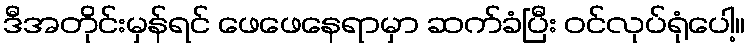
ဒီအတိုင်းမှန်ရင် ဖေဖေနေရာမှာ ဆက်ခံပြီး ဝင်လုပ်ရုံပေါ့။